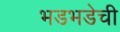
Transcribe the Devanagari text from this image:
भडभडेची